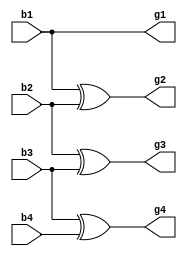
// Code your design here
module btog(output g1,g2,g3,g4 ,input b1,b2,b3,b4);
  buf(g1,b1);
  xor(g2,b1,b2);
  xor(g3,b2,b3);
  xor(g4,b3,b4);
endmodule